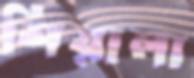
শিয়ালা